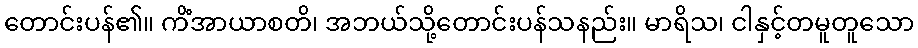
တောင်းပန်၏။ ကိံအာယာစတိ၊ အဘယ်သို့တောင်းပန်သနည်း။ မာရိသ၊ ငါနှင့်တမူတူသော